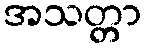
အသတ္တာ